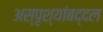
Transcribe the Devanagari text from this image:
अस्पृश्यांबद्दल